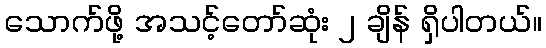
သောက်ဖို့ အသင့်တော်ဆုံး ၂ ချိန် ရှိပါတယ်။